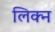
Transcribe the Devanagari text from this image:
लिक्न